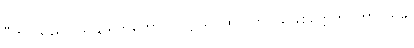
ပီတိ၊ သည်။ ဩဠာရိကတော ဥပဋ္ဌာသိ၊ ထင်လာ။ သုခစိတ္တေကဂ္ဂတာ၊ သုခ၊